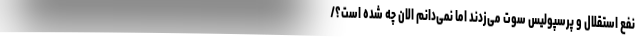
نفع استقلال و پرسپولیس سوت می‌زدند اما نمی‌دانم الان چه شده است؟/